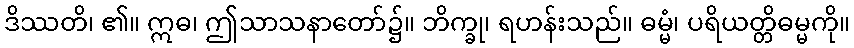
ဒိဿတိ၊ ၏။ ဣဓ၊ ဤသာသနာတော်၌။ ဘိက္ခု၊ ရဟန်းသည်။ ဓမ္မံ၊ ပရိယတ္တိဓမ္မကို။